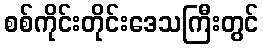
စစ်ကိုင်းတိုင်းဒေသကြီးတွင်